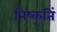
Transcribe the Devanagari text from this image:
निष्कृतिं